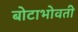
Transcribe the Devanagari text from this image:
बोटाभोवती